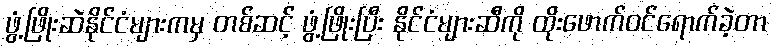
ဖွံ့ဖြိုးဆဲနိုင်ငံများကမှ တစ်ဆင့် ဖွံ့ဖြိုးပြီး နိုင်ငံများဆီကို ထိုးဖောက်ဝင်ရောက်ခဲ့တာ